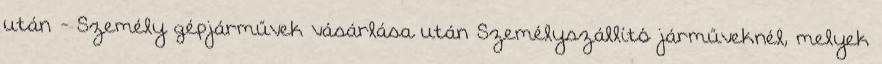
után - Személy gépjárművek vásárlása után Személyszállító járműveknél, melyek